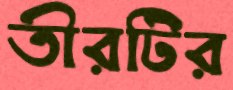
তীরটির